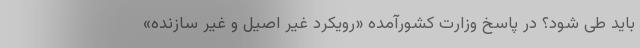
باید طی شود؟ در پاسخ وزارت کشورآمده «رویکرد غیر اصیل و غیر سازنده»